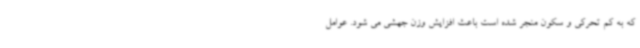
که به کم تحرکی و سکون منجر شده است باعث افزایش وزن جهشی می شود. عوامل